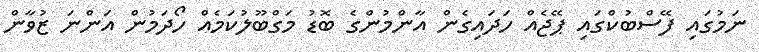
ނަމުގައި ފޭސްބުކްގައި ޕޭޖެއް ހަދައިގެން އާންމުންގެ ބޮޑު މަގްބޫލުކަމެއް ހޯދަމުން އަންނަ ޒުވާން